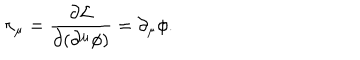
\pi _ { \mu } = \frac { \partial { \cal L } } { \partial ( \partial ^ { \mu } \phi ) } = \partial _ { \mu } \phi .